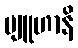
ဗျူဟာနိ